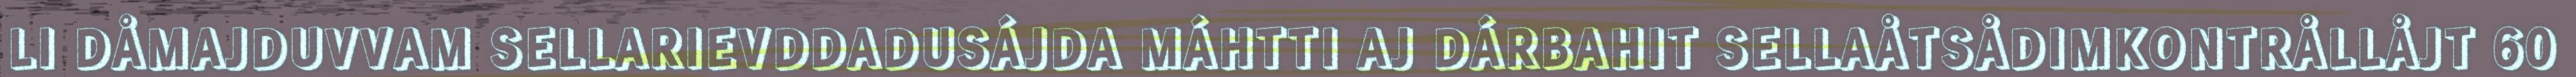
LI DÅMAJDUVVAM SELLARIEVDDADUSÁJDA MÁHTTI AJ DÁRBAHIT SELLAÅTSÅDIMKONTRÅLLÅJT 60